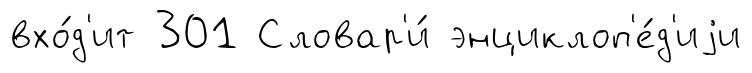
вхо́д'ит 301 Словар'и́ энциклоп'е́д'иjи